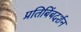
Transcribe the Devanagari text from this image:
प्रतिबिंबदर्शन